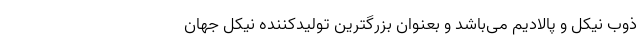
ذوب نیکل و پالادیم می‌باشد و بعنوان بزرگترین تولیدکننده نیکل جهان